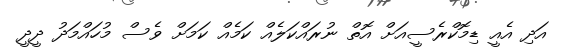
އަދި އެއީ ޑިމޮކްރެސީއަށް އޮތް ނުރައްކަލެއް ކަމެއް ކަމަށް ވެސް މުހައްމަދު ދީދީ